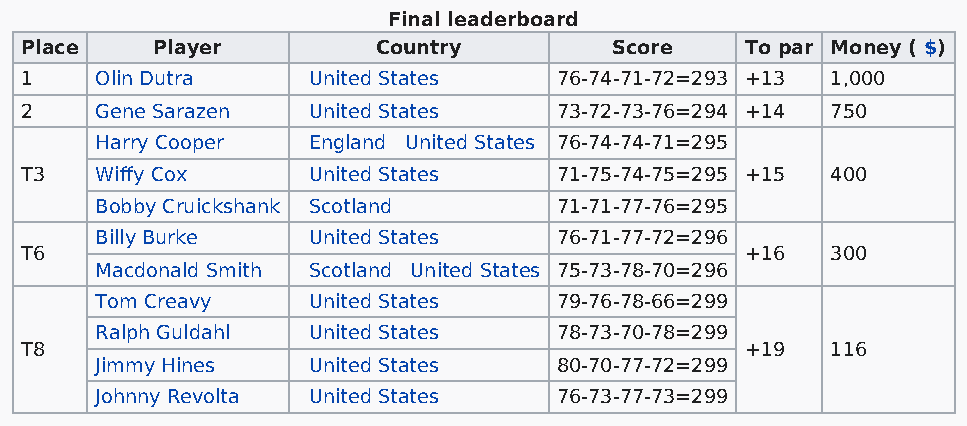
Final leaderboard
 Place    Player         Country         Score   To par Money ( $)
 1    Olin Dutra    United States    76-74-71-72=293 +13 1,000
 2    Gene Sarazen  United States    73-72-73-76=294 +14 750
 Harry Cooper  England United States 76-74-74-71=295
 T3   Wiffy Cox     United States    71-75-74-75=295 +15 400
 Bobby Cruickshank Scotland     71-71-77-76=295
 Billy Burke   United States    76-71-77-72=296
 T6                                              +16   300
 Macdonald Smith Scotland United States 75-73-78-70=296
 Tom Creavy    United States    79-76-78-66=299
 Ralph Guldahl United States    78-73-70-78=299
 T8                                              +19   116
 Jimmy Hines   United States    80-70-77-72=299
 Johnny Revolta United States   76-73-77-73=299